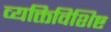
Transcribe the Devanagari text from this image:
व्यक्तिविशिष्ट